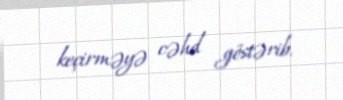
keçirməyə cəhd göstərib.